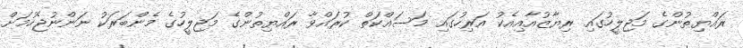
ރައްޔިތުންގެ މަޖިލީހުގައި ރިޔާޒުއާއިއެކު އަރިހުގައި މަސައްކަތް ކުރައްވާ ރައްޔިތުންގެ މަޖިލީހުގެ މެންބަރަކު ނަންނުޖެހުމަށް